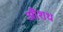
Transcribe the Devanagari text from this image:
औशध